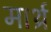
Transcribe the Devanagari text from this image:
मार्थ्र